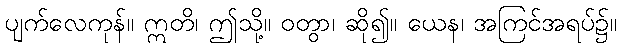
ပျက်လေကုန်။ ဣတိ၊ ဤသို့။ ဝတွာ၊ ဆို၍။ ယေန၊ အကြင်အရပ်၌။